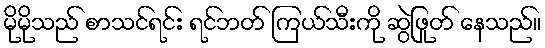
မိုမိုသည် စာသင်ရင်း ရင်ဘတ် ကြယ်သီးကို ဆွဲဖြုတ် နေသည်။